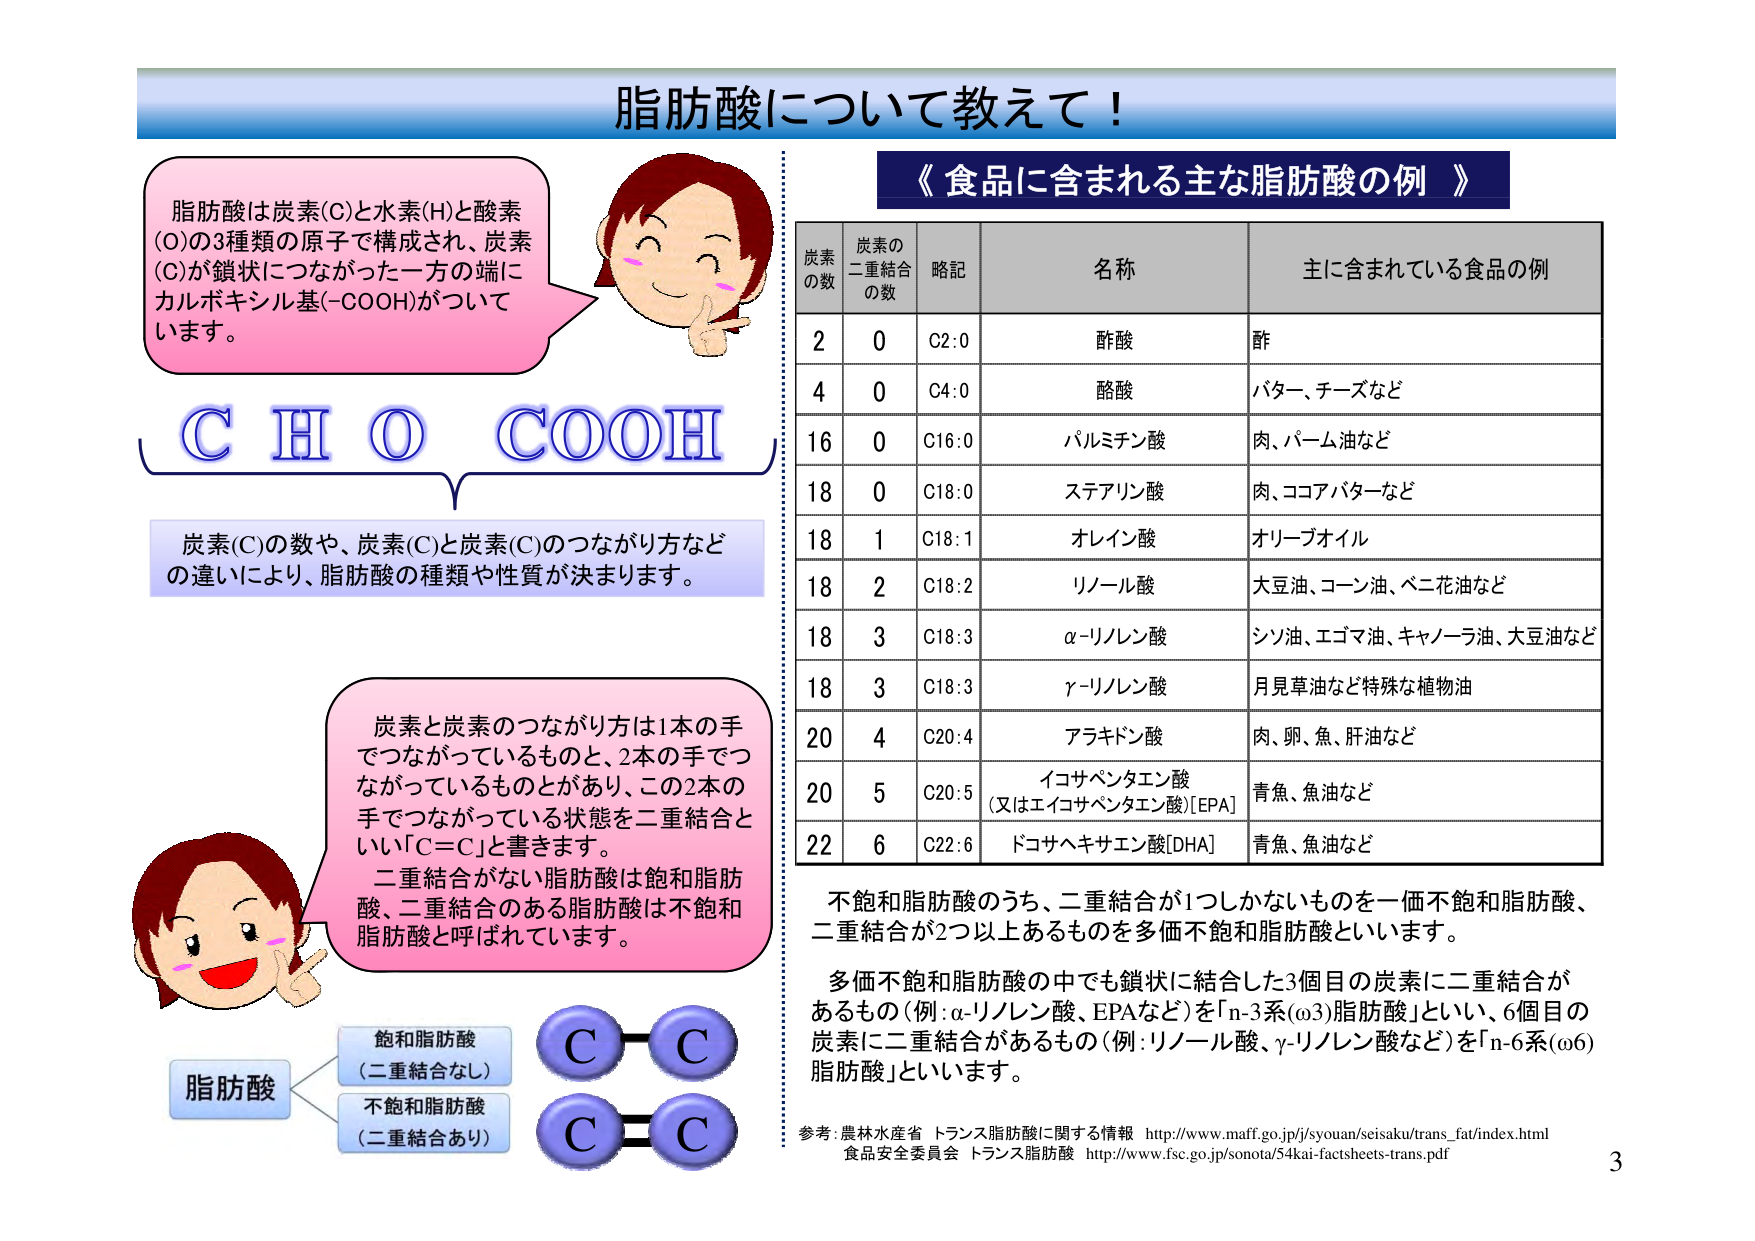
脂肪酸について教えて！

脂肪酸は炭素(C)と水素(H)と酸素(O)の3種類の原子で構成され、炭素(C)が鎖状につながった一方の端にカルボキシル基(-COOH)がついています。

C H O COOH

炭素(C)の数や、炭素(C)と炭素(C)のつながり方などの違いにより、脂肪酸の種類や性質が決まります。

炭素と炭素のつながり方は1本の手でつながっているものと、2本の手でつながっているものがあり、この2本の手でつながっている状態を二重結合といい「C=C」と書きます。
二重結合がない脂肪酸は飽和脂肪酸、二重結合のある脂肪酸は不飽和脂肪酸と呼ばれています。

脂肪酸
　　├─ 飽和脂肪酸
　　│　　（二重結合なし）
　　└─ 不飽和脂肪酸
　　　　（二重結合あり）

C─C
C=C

《食品に含まれる主な脂肪酸の例》

| 炭素の数 | 炭素の二重結合の数 | 略記 | 名称 | 主に含まれている食品の例 |
|----------|------------------|------|------|--------------------------|
| 2        | 0                | C2:0 | 酢酸 | 酢                       |
| 4        | 0                | C4:0 | 酪酸 | バター、チーズなど       |
| 16       | 0                | C16:0| パルミチン酸 | 肉、パーム油など       |
| 18       | 0                | C18:0| ステアリン酸 | 肉、ココアバターなど   |
| 18       | 1                | C18:1| オレイン酸 | オリーブオイル         |
| 18       | 2                | C18:2| リノール酸 | 大豆油、コーン油、ベニ花油など |
| 18       | 3                | C18:3| α-リノレン酸 | シソ油、エゴマ油、キャノーラ油、大豆油など |
| 18       | 3                | C18:3| γ-リノレン酸 | 月見草油など特殊な植物油 |
| 20       | 4                | C20:4| アラキドン酸 | 肉、卵、魚、肝油など   |
| 20       | 5                | C20:5| イコサペンタエン酸（又はエイコサペンタエン酸）[EPA] | 青魚、魚油など |
| 22       | 6                | C22:6| ドコサヘキサエン酸[DHA] | 青魚、魚油など |

不飽和脂肪酸のうち、二重結合が1つしかないものを一価不飽和脂肪酸、二重結合が2つ以上あるものを多価不飽和脂肪酸といいます。

多価不飽和脂肪酸の中でも鎖状に結合した3個目の炭素に二重結合があるもの（例：α-リノレン酸、EPAなど）を「n-3系(ω3)脂肪酸」といい、6個目の炭素に二重結合があるもの（例：リノール酸、γ-リノレン酸など）を「n-6系(ω6)脂肪酸」といいます。

参考：農林水産省 トランス脂肪酸に関する情報 http://www.maff.go.jp/j/syoyuan/seisaku/trans_fat/index.html
食品安全委員会 トランス脂肪酸 http://www.fsc.go.jp/sonota/54kai-factsheets-trans.pdf

3